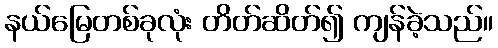
နယ်မြေတစ်ခုလုံး တိတ်ဆိတ်၍ ကျန်ခဲ့သည်။